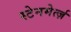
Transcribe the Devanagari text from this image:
स्टेनमेर्त्ज़